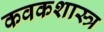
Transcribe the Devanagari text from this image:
कवकशास्त्र